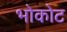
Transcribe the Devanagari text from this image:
भोकोट